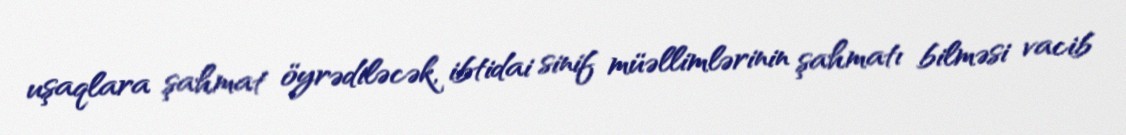
uşaqlara şahmat öyrədiləcək, ibtidai sinif müəllimlərinin şahmatı bilməsi vacib